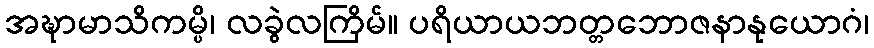
အဍ္ဎာမာသိကမ္ပိ၊ လခွဲလကြိမ်။ ပရိယာယဘတ္တဘောဇနာနုယောဂံ၊